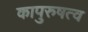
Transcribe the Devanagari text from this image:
कापुरुषत्व